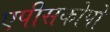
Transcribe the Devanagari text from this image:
एपीसकोपो